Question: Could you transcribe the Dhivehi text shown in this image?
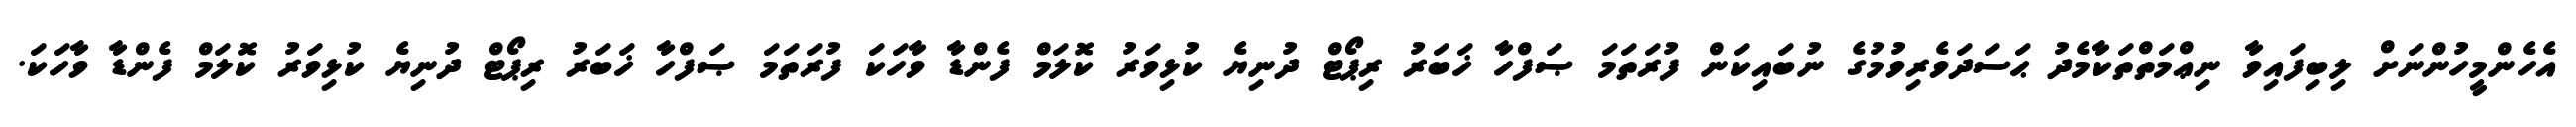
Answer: އެހެންމީހުންނަށް ލިބިފައިވާ ނިޢްމަތްތަކާމެދު ޙަސަދަވެރިވުމުގެ ނުބައިކަން ފުރަތަމަ ޞަފްހާ ޚަބަރު ރިޕޯޓް ދުނިޔެ ކުޅިވަރު ކޮލަމް ފެންޑާ ވާހަކަ ފުރަތަމަ ޞަފްހާ ޚަބަރު ރިޕޯޓް ދުނިޔެ ކުޅިވަރު ކޮލަމް ފެންޑާ ވާހަކަ.